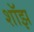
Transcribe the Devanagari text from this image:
शॉझ